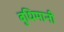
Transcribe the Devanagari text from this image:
बुधिमानी